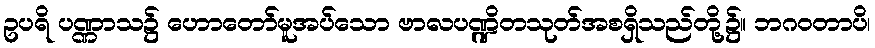
ဥပရိ ပဏ္ဏာသ၌ ဟောတော်မူအပ်သော ဗာလပဏ္ဍိတသုတ်အစရှိသည်တို့၌။ ဘဂဝတာပိ၊